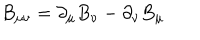
B _ { \mu \nu } = \partial _ { \mu } B _ { \nu } - \partial _ { \nu } B _ { \mu }